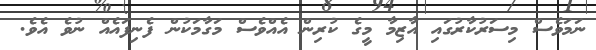
ނަމަވެސް މިސަރުކާރުގައި އާޒިމާ މީގެ ކުރިން އެއްވެސް މަގާމަކުން ފެނިފައެއް ނުވެ އެވެ.